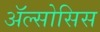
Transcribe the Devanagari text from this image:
ॲल्सोसिस